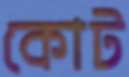
কোট